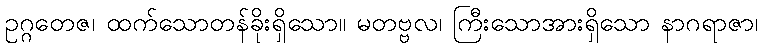
ဥဂ္ဂတေဇ၊ ထက်သောတန်ခိုးရှိသော။ မတဗ္ဗလ၊ ကြီးသောအားရှိသော နာဂရာဇာ၊